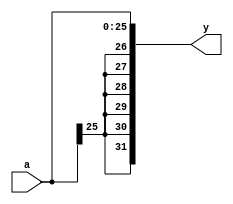
module signext_26_to_32(input  [25:0] a,output [31:0] y);
 assign y = {{26{a[25]}}, a};
endmodule